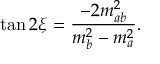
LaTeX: \tan 2 \xi = { \frac { - 2 m _ { a b } ^ { 2 } } { m _ { b } ^ { 2 } - m _ { a } ^ { 2 } } } .